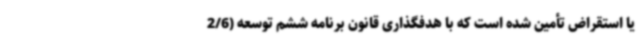
یا استقراض تأمین شده است که با هدفگذاری قانون برنامه ششم توسعه (2/6